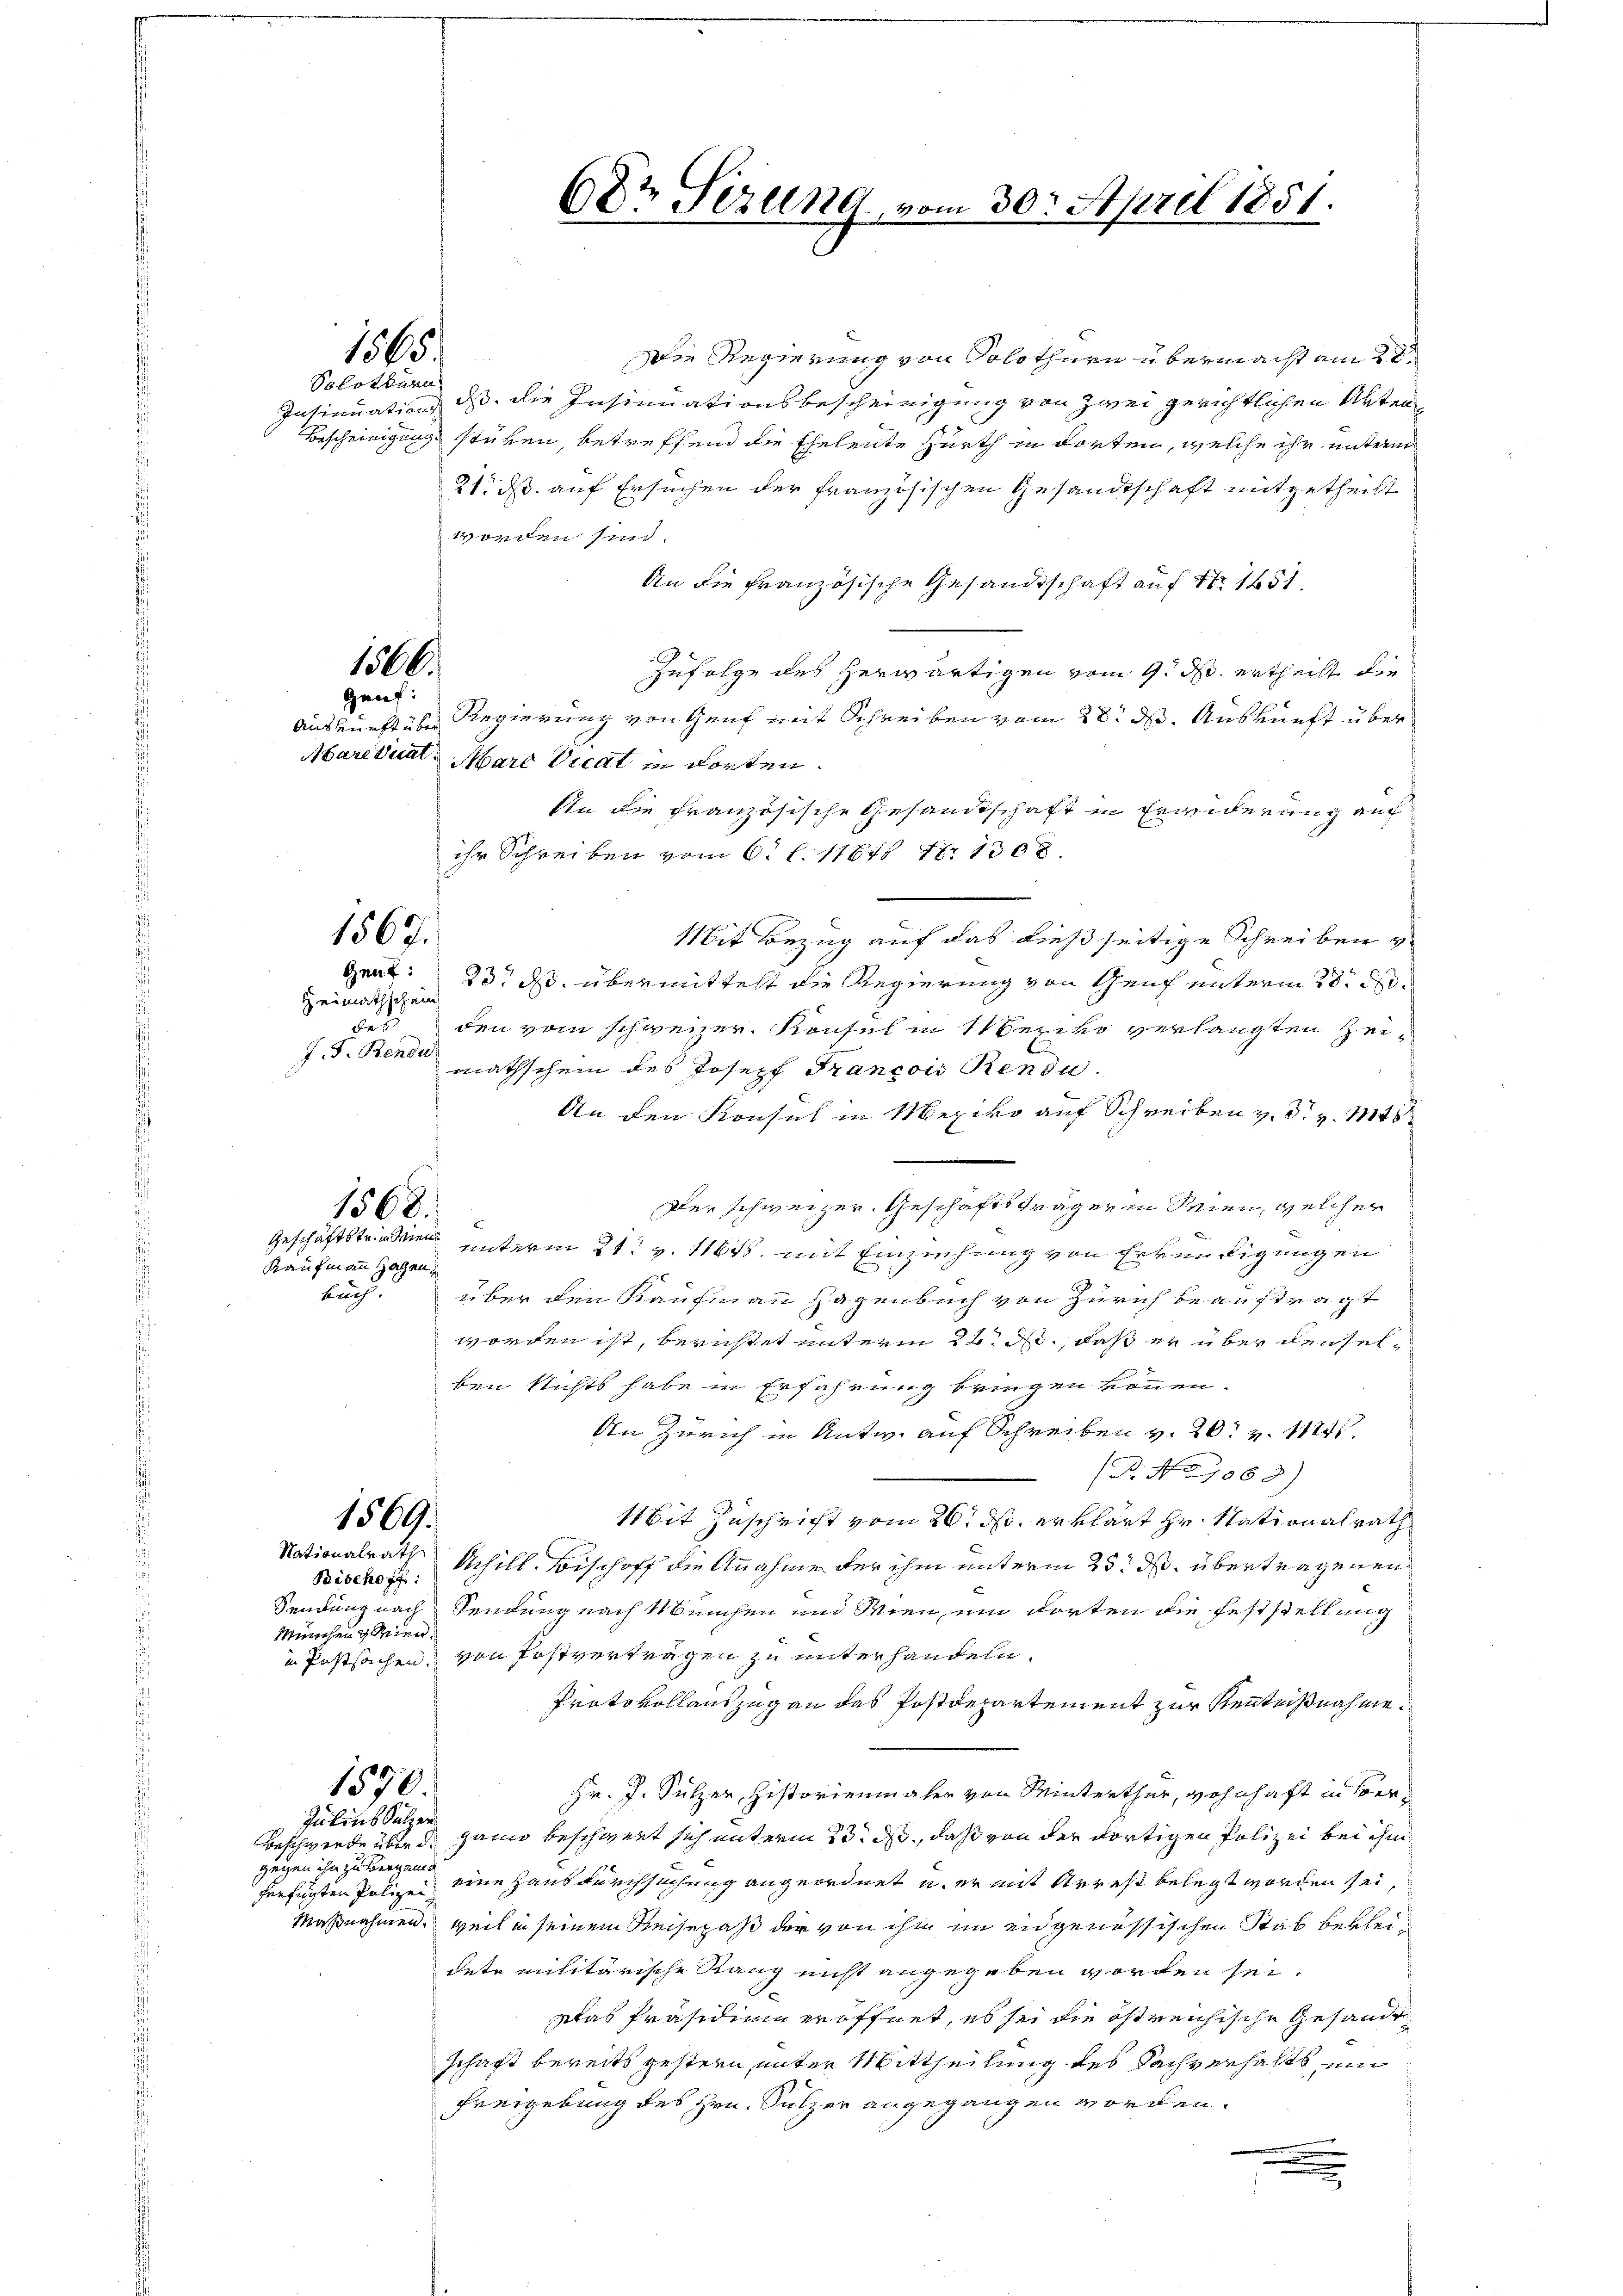
Solothurn

Heimathschein
des
J. J. Bendu

Die Regierung von Solothurn u bermacht am 20.
Insinuation dass die Insinuationsbescheinigung von Zwei gerichtlichen Akten
Bescheinigung stüren, betreffend die Eheleute Zürth in dorten, welche ihr unterm
21. ds. auf Ersuchen der französischen Gesandtschaft mitgetheilt
worden sind.
An die französische Gesandtschaft auf 4. 1651.
Zufolge des herwärtigen vom 9. d. ertheilt die
Auskunft über Regierung von Genf mit Schreiben vom 28. ds. Auskunft über¬
Aare dunt, Marc Vuat in dorten.
An die Französische Gesandtschaft in Erwiderung auf
ihr Schreiben vom 6. l. 11648 18. 1308.
Mit Bezug auf das dießseitige Schreiben
Gent: 23. ds. übermittelt die Regierung von Genf unterm 28. d.
den vom Schweizer Konsul in Mezivo verlangten Zeimathschein des Joseph Francois Rendu.
An den Konsul in Mexiko auf Schreiben v. J. v. Mts
Der schweizer. Geschäftsträger in Seien, welcher
Geschäftstrie unterm 21. v. 1164. mit Einziehung von Erkundigungen
Kaufmann Hohen,
buch. über der Kaufmann Hagenbuch von Zürich beauftragt
worden ist, beruhtet unterm 24. ds., daß er über denselben nichts habe in Erfahrung bringen können.
An Zürich in Antw. auf Schreiben v. 20. Z. 11241.
 No 1068)
Mit Zuschrift vom 26. ds. erklärt Hr. Stationalrath
1569.
Nationalrath Schill Bischoff die Annahme der ihm unterm 25t d. übertragenen
Bischoff:
Sendung nach Sendung nach München und Wien, um dorten die Feststellung
München Mien
Postsachen, von Postverträgen zu unterhandeln.
Protokollauszug an das Postdepartement zur Kenntnißnahme.
1570.
Hr. J. Sulzer, Historienmaler von Winterthur, wohnhaft in Ver¬
Julius Sulzer
Beschwerde über d. Hanno beschwert sich unterm 23. ds., daß von der dortigen Polizei bei ihm
gegen ihn zu vergan
verfügten Polize eine Haus durchsuchung angeordnet u. er mit Arrest belegt worden sei,
Maßnahmen, weil in seinem Reisepaß der von ihm im eidgenössischen Stab bekleidete militärische Rang nicht angegeben worden sei.
Das Präsidien eröffnet, es sei die östreichische Gesandt
schaft bereits gestern unter Mittheilung des Sachverhalts ein
Freigebung des Hrn. Sulzer angegangen worden.

1565

1500.
Gauf:

1567.

1568.

68t Sezung vom 30. April 1851.